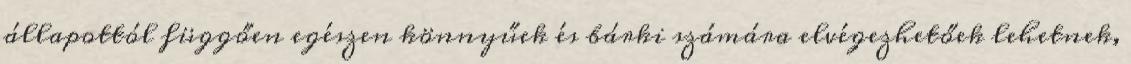
állapottól függően egészen könnyűek és bárki számára elvégezhetőek lehetnek,